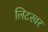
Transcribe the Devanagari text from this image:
लिटरवर